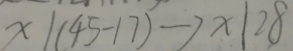
x \vert ( 4 5 - 1 7 ) \rightarrow x \vert 2 8